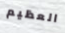
العظيم